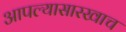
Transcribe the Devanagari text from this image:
आपल्यासारखाच